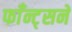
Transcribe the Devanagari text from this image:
फाँन्ट्‌सने